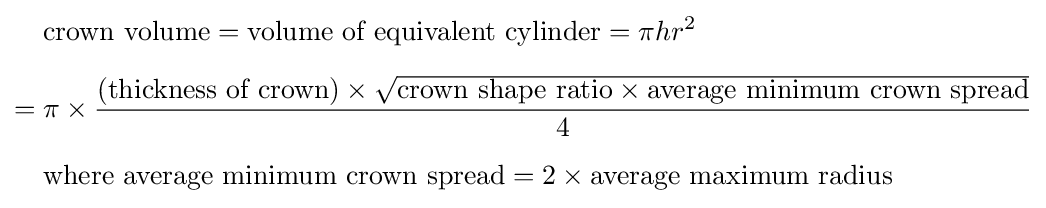
{\begin{aligned}&{\text{crown volume}}={\text{volume of equivalent cylinder}}=\pi hr^{2}\\[5pt]={}&\pi \times {\frac {({\text{thickness of crown}})\times {\sqrt {{\text{crown shape ratio}}\times {\text{average minimum crown spread}}}}}{4}}\\[5pt]&{\text{where average minimum crown spread}}=2\times {\text{average maximum radius}}\end{aligned}}